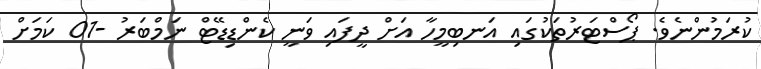
ކުރަމުންނެވެ. ޕޯސްޓަރުތަކުގައި އަނބިމީހާ އަށް ދީފައި ވަނީ ކެންޑިޑޭޓް ނަމްބަރު -01 ކަމަށް